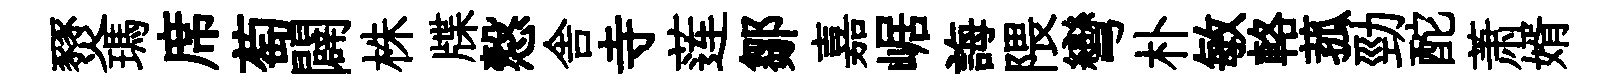
燹瑪席萄闢株牒慤舎寺莲鄒嘉崌誨隈彎朴敏輅菰勁酡萧婿